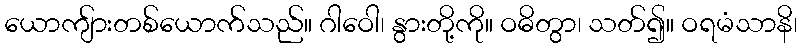
ယောကျ်ားတစ်ယောက်သည်။ ဂါဝေါ၊ နွားတို့ကို။ ဝဓိတွာ၊ သတ်၍။ ဝရမံသာနိ၊